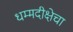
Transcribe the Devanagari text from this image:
धम्मदीक्षेचा